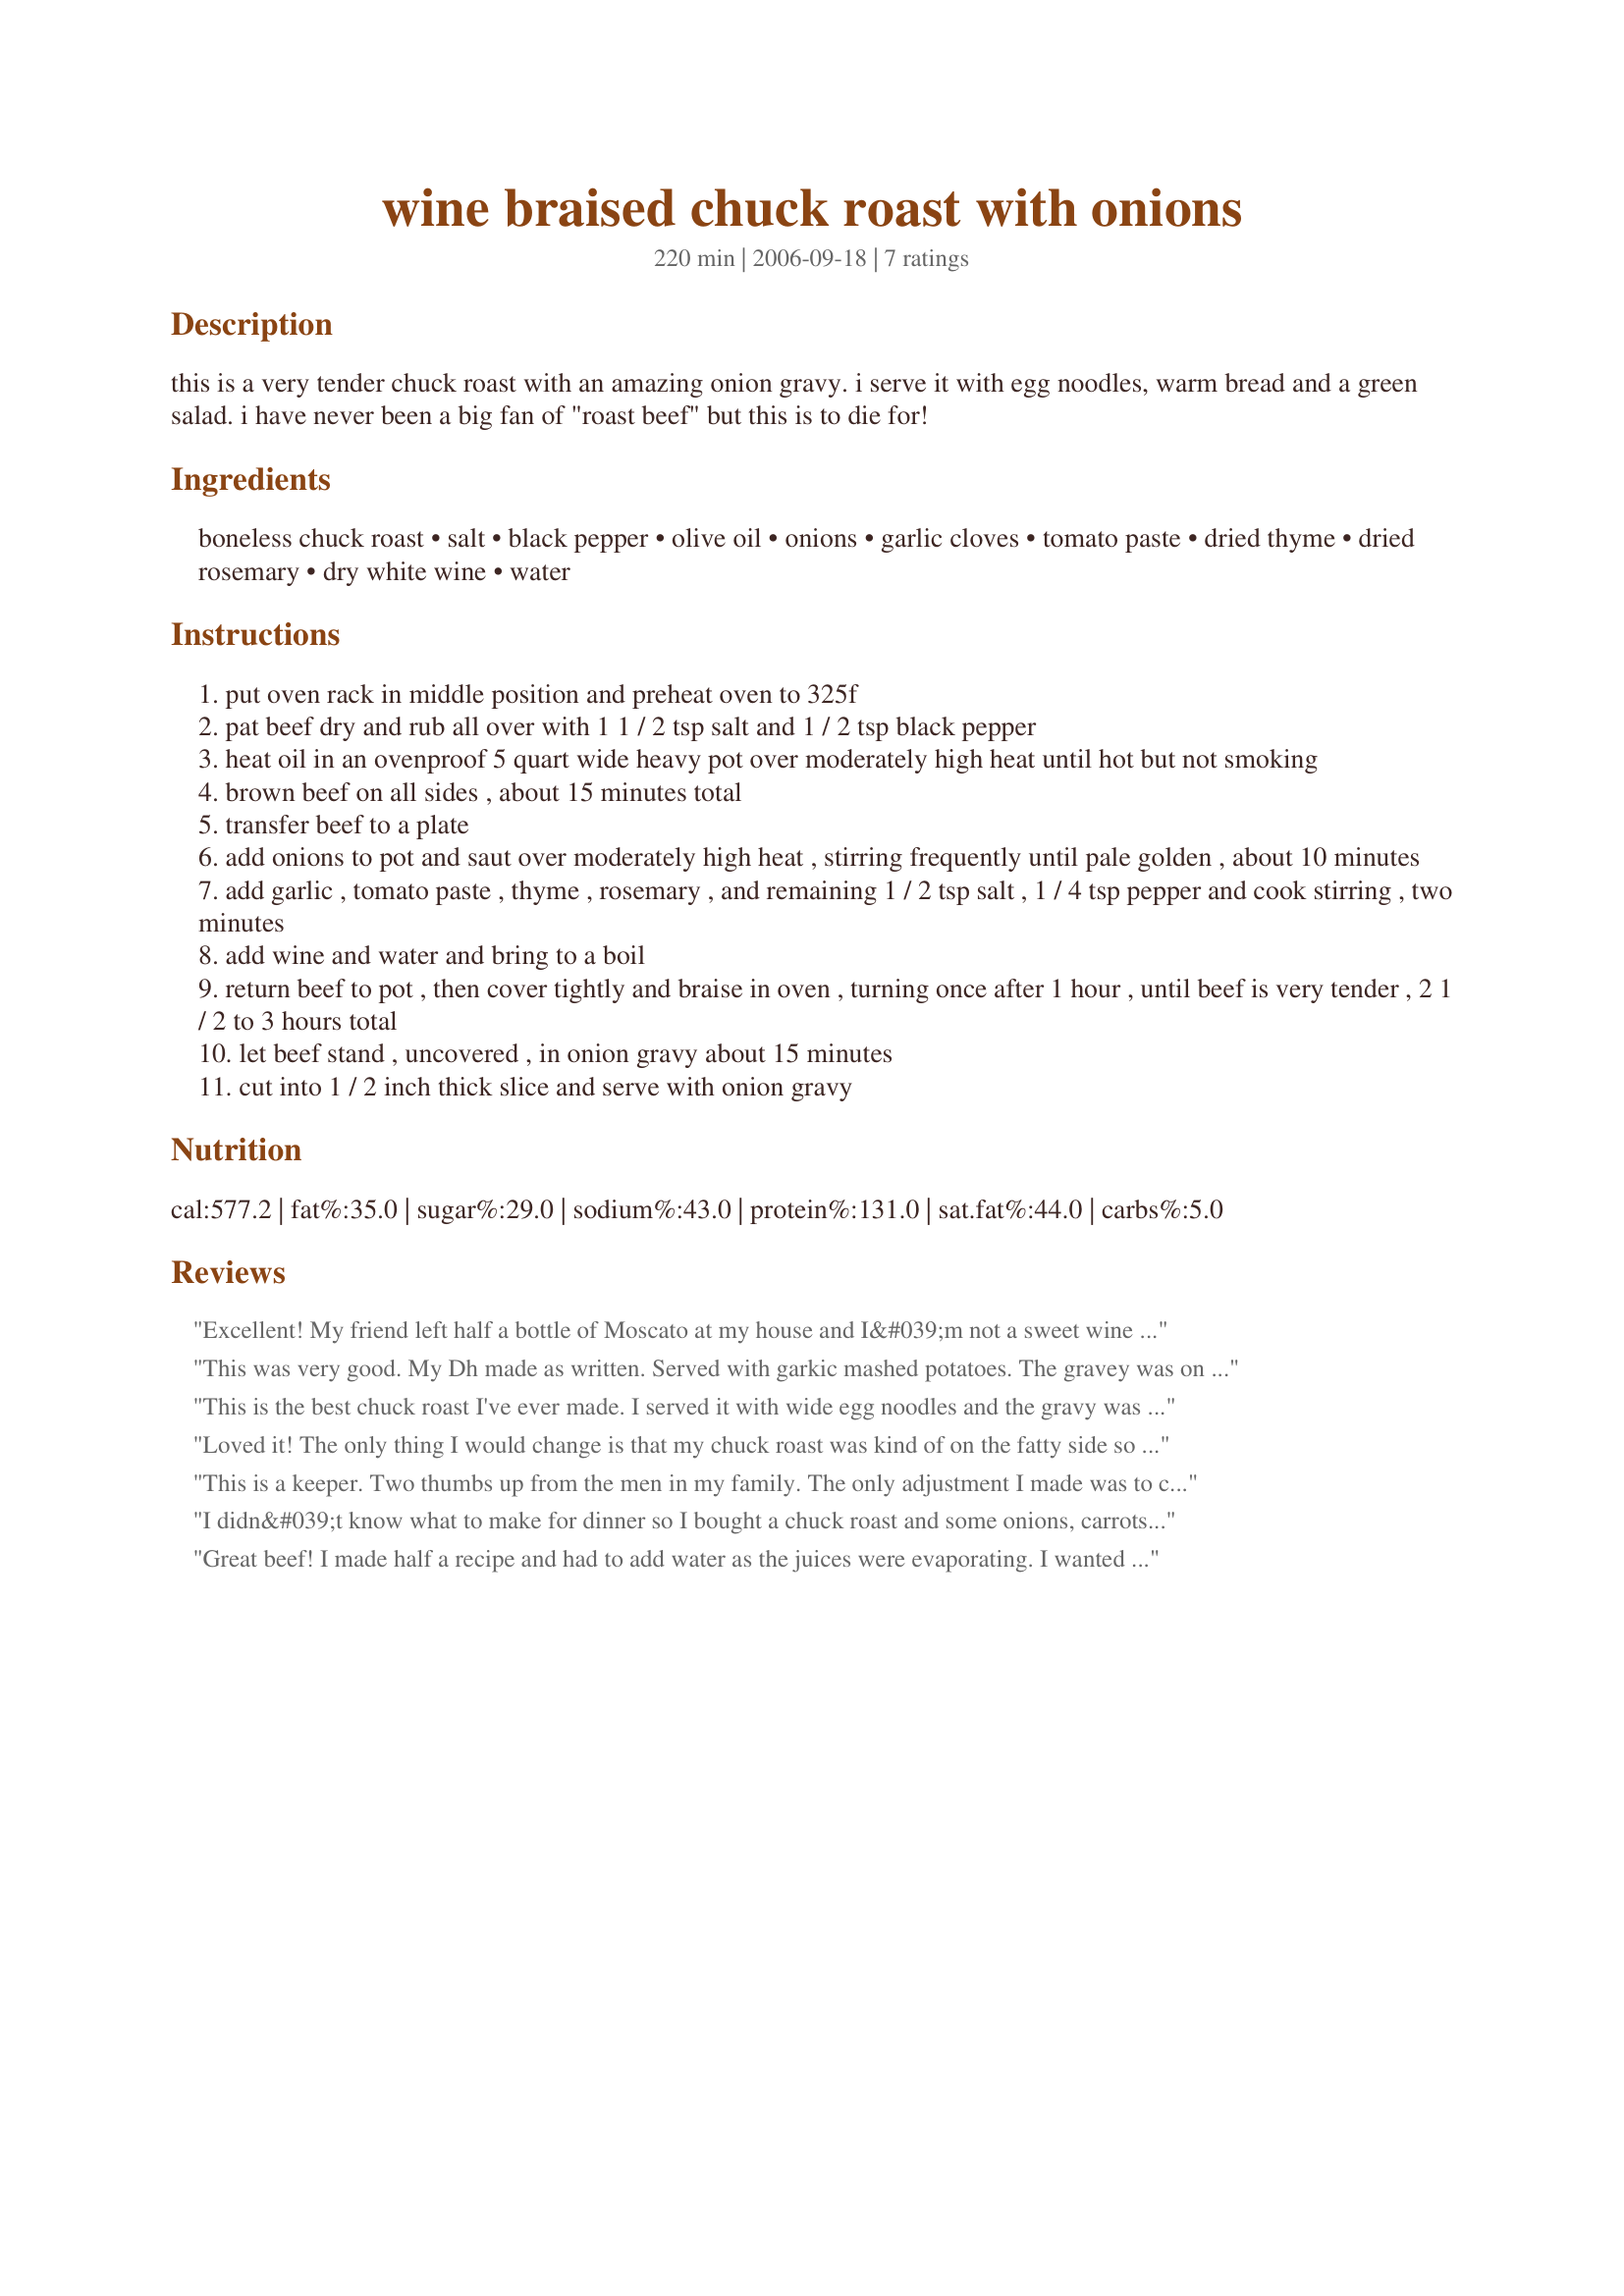
wine braised chuck roast with onions
Preparation time: 220 minutes

this is a very tender chuck roast with an amazing onion gravy. i serve it with egg noodles, warm bread and a green salad. i have never been a big fan of "roast beef" but this is to die for!

Ingredients:
boneless chuck roast, salt, black pepper, olive oil, onions, garlic cloves, tomato paste, dried thyme, dried rosemary, dry white wine, water

Steps:
put oven rack in middle position and preheat oven to 325f
pat beef dry and rub all over with 1 1 / 2 tsp salt and 1 / 2 tsp black pepper
heat oil in an ovenproof 5 quart wide heavy pot over moderately high heat until hot but not smoking
brown beef on all sides , about 15 minutes total
transfer beef to a plate
add onions to pot and saut over moderately high heat , stirring frequently until pale golden , about 10 minutes
add garlic , tomato paste , thyme , rosemary , and remaining 1 / 2 tsp salt , 1 / 4 tsp pepper and cook stirring , two minutes
add wine and water and bring to a boil
return beef to pot , then cover tightly and braise in oven , turning once after 1 hour , until beef is very tender , 2 1 / 2 to 3 hours total
let beef stand , uncovered , in onion gravy about 15 minutes
cut into 1 / 2 inch thick slice and serve with onion gravy

Reviews:
Excellent! My friend left half a bottle of Moscato at my house and I&#039;m not a sweet wine drinker. Anyway, of course you should never throw out wine and I was thinking along the lines of the once popular &quot;Coke Roasts&quot; and decided to give it a whirl. I cooked everything in my large cast iron pan, stove to oven. This was phenomenal!
The first night, I stir-fried some fresh broccoli with ginger, sesame oil, garlic, pepper and soy sauce; cooked some ramen noodles and combined everything with some of the cut up beef, and the amazing onion broth, topped with toasted sesame seeds...delicious! Told the kids it was beef broccoli lo mein ;)
The next day for lunch, I took a stoneware bowl and filled it with the onion broth and chunks of beef, topped with thick sliced swiss cheese and baked for the most amazing French onion soup.
Not sure if I should invite her over more often in hopes she leaves more wine, thank her, give her a taste or all of the above :)
Thanks for sharing!
This was very good. My Dh made as written. Served with garkic mashed potatoes. The gravey was on the thin side for us. You could use a slurry to thicken it if you wanted. We didn't and it was yummy. We are using the left over onions & juices as a start for french onion soup tomorrow.
Thanks for the recipe. We will make again.
This is the best chuck roast I've ever made. I served it with wide egg noodles and the gravy was to die for! Made for Review My Recipe Tag. Thank you MA for posting a winner.
Loved it! The only thing I would change is that my chuck roast was kind of on the fatty side so I think I would use a leaner cut of meat....but boy did it smell good in my house!
This is a keeper. Two thumbs up from the men in my family. 

The only adjustment I made was to cut the salt in half. I served it over broad noodles with a green vegetable as a side.

Thank you for posting this.
I didn&#039;t know what to make for dinner so I bought a chuck roast and some onions, carrots and onion soup mix. I found this gem of a recipe and used it instead. AWESOME! I scaled it down to 4 servings because I had a 2.5 lb roast. It was incredible!! Thanks for the great recipe, my wife loves it and it is so much better than the standard &#039;pot roast&#039; that the chuck is often designated to.
Great beef! I made half a recipe and had to add water as the juices were evaporating. I wanted some gravy for the meat and noodles. Served with a spinach salad. YUM.
